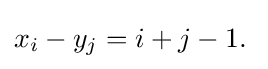
x_{i}-y_{j}=i+j-1.\;